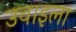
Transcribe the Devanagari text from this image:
उवाइला